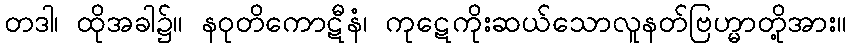
တဒါ၊ ထိုအခါ၌။ နဝုတိကောဋီနံ၊ ကုဋေကိုးဆယ်သောလူနတ်ဗြဟ္မာတို့အား။